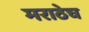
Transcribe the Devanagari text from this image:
मराठेच